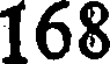
168